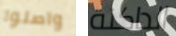
واصلوا الداكنة